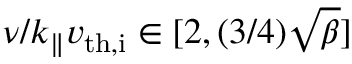
\nu / k _ { \parallel } v _ { \mathrm { t h , i } } \in [ 2 , ( 3 / 4 ) \sqrt { \beta } ]